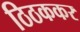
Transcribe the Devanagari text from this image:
ठिठककर